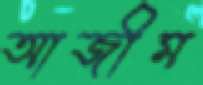
আজীম